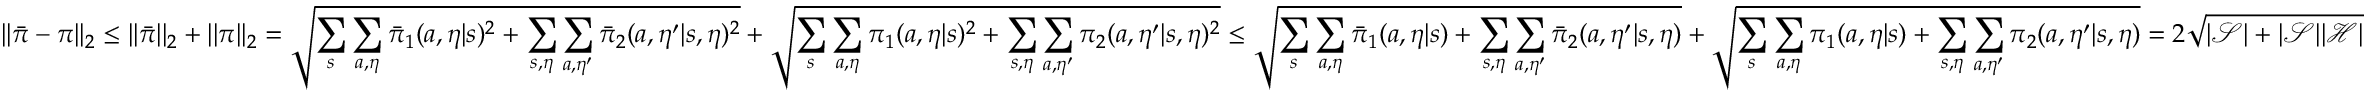
| | \bar { \pi } - \pi | | _ { 2 } \le | | \bar { \pi } | | _ { 2 } + | | \pi | | _ { 2 } = \sqrt { \sum _ { s } \sum _ { a , \eta } \bar { \pi } _ { 1 } ( a , \eta | s ) ^ { 2 } + \sum _ { s , \eta } \sum _ { a , \eta ^ { \prime } } \bar { \pi } _ { 2 } ( a , \eta ^ { \prime } | s , \eta ) ^ { 2 } } + \sqrt { \sum _ { s } \sum _ { a , \eta } { \pi } _ { 1 } ( a , \eta | s ) ^ { 2 } + \sum _ { s , \eta } \sum _ { a , \eta ^ { \prime } } { \pi } _ { 2 } ( a , \eta ^ { \prime } | s , \eta ) ^ { 2 } } \le \sqrt { \sum _ { s } \sum _ { a , \eta } \bar { \pi } _ { 1 } ( a , \eta | s ) + \sum _ { s , \eta } \sum _ { a , \eta ^ { \prime } } \bar { \pi } _ { 2 } ( a , \eta ^ { \prime } | s , \eta ) } + \sqrt { \sum _ { s } \sum _ { a , \eta } { \pi } _ { 1 } ( a , \eta | s ) + \sum _ { s , \eta } \sum _ { a , \eta ^ { \prime } } { \pi } _ { 2 } ( a , \eta ^ { \prime } | s , \eta ) } = 2 \sqrt { | \mathcal { S } | + | \mathcal { S } | | \mathcal { H } | }